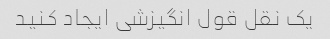
یک نقل قول انگیزشی ایجاد کنید